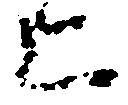
上